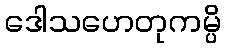
ဒေါသဟေတုကမ္ပိ